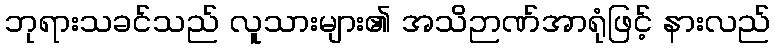
ဘုရားသခင်သည် လူသားများ၏ အသိဉာဏ်အာရုံဖြင့် နားလည်